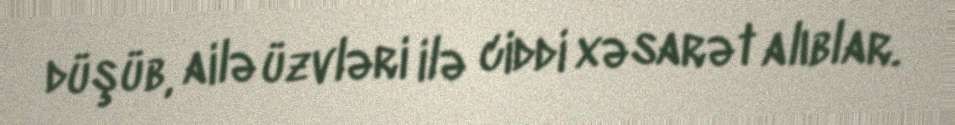
düşüb, ailə üzvləri ilə ciddi xəsarət alıblar.